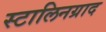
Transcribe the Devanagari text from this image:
स्टालिनग्राद